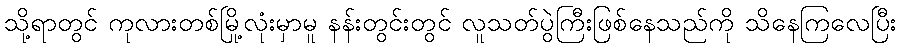
သို့ရာတွင် ကုလားတစ်မြို့လုံးမှာမူ နန်းတွင်းတွင် လူသတ်ပွဲကြီးဖြစ်နေသည်ကို သိနေကြလေပြီး